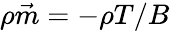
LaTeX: \rho\vec{m}=-\rho T/B